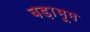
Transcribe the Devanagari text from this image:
बड़ाभूम